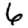
Digit: 6